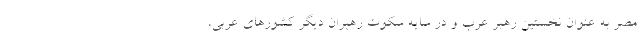
مصر به عنوان نخستین رهبر عرب و در سایه سکوت رهبران دیگر کشورهای عربی،